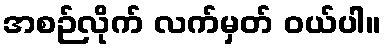
အစဉ်လိုက် လက်မှတ် ဝယ်ပါ။